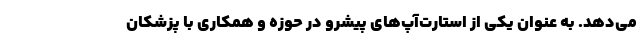
می‌دهد. به عنوان یکی از استارت‌آپ‌های پیشرو در حوزه و همکاری با پزشکان